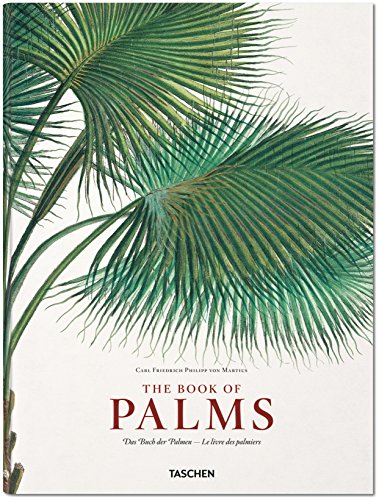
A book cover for Martius: The Book of Palms; H. Walter Lack; Crafts, Hobbies & Home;